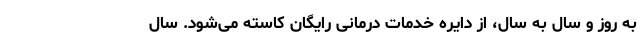
به روز و سال به سال، از دایره خدمات درمانی رایگان کاسته می‌شود. سال